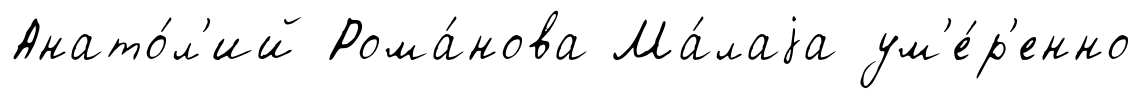
Анато́л'ий Рома́нова Ма́лаjа ум'е́р'енно